Indian journal of veterinary science and animal husbandry - Volume 5,
Year: 1935
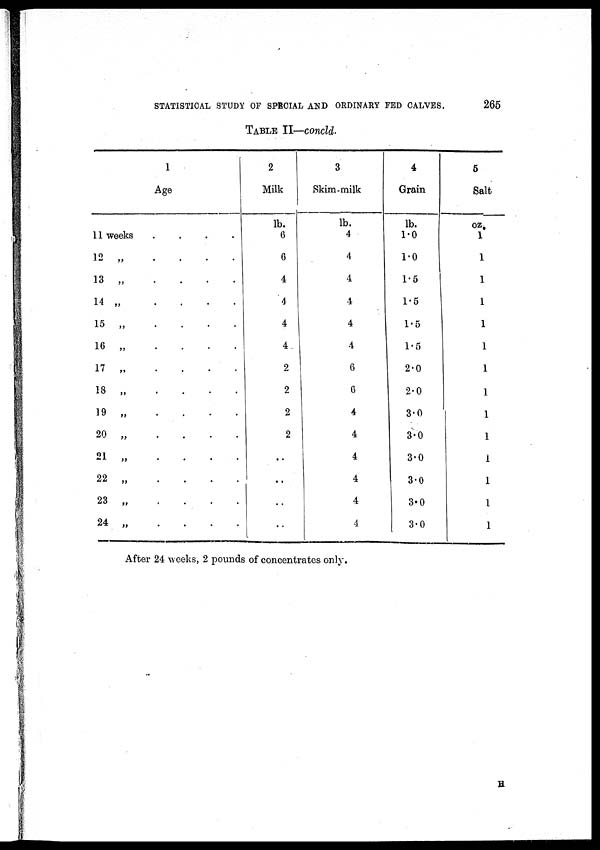
STATISTICAL STUDY OF SPECIAL AND ORDINARY FED CALVES.
265
TABLE II—concld.
1
Age
11 weeks . . . .
12 „ . . . .
13 „ . . . .
14 „ . . . .
15 „ . . . .
16 „ . . . .
17 „ . . . .
18 „ . . . .
19 „ . . . .
20 „ . . . .
21 „ . . . .
22 „ . . . .
23 „ . . . .
24 „ . . . .
2
Milk
lb.
6
6
4
4
4
4
2
2
2
2
..
..
..
..
3
Skim-milk
lb.
4
4
4
4
4
4
6
6
4
4
4
4
4
4
4
Grain
lb.
1.0
1.0
1.5
1.5
1.5
1.5
2.0
2.0
3.0
3.0
3.0
3.0
3.0
3.0
5
Salt
oz.
1
1
1
1
1
1
1
1
1
1
1
1
1
1
After 24 weeks, 2 pounds of concentrates only.
H